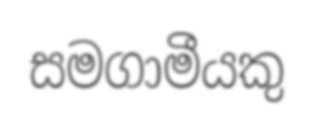
සමගාමීයකු